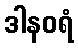
ဒါနဝရံ